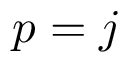
p = j